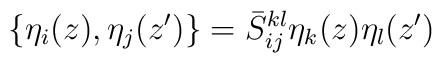
\{\eta_{i}(z), \eta_{j}(z')\}=\bar{S}_{ij}^{kl}\eta_{k}(z)\eta_{l}(z')